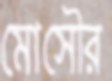
মোসৌর